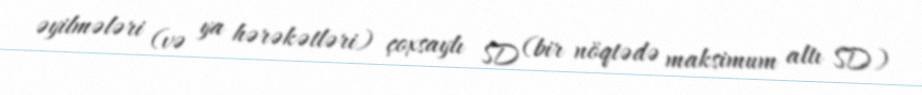
əyilmələri (və ya hərəkətləri) çoxsaylı SD (bir nöqtədə maksimum altı SD)